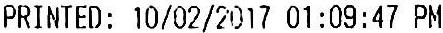
PRINTED: 10/02/2017 01:09:47 PM